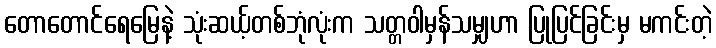
တောတောင်ရေမြေနဲ့ သုံးဆယ့်တစ်ဘုံလုံးက သတ္တဝါမှန်သမျှဟာ ပြုပြင်ခြင်းမှ မကင်းတဲ့